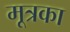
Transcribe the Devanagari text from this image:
मूत्रका